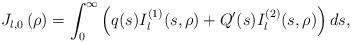
LaTeX: \begin{align*}J_{l,0}\left( \rho\right) =\int_{0}^{\infty}\left( q(s)I_{l}^{\left(1\right) }(s,\rho)+Q^{\prime}(s)I_{l}^{\left( 2\right) }(s,\rho)\right)ds,\end{align*}